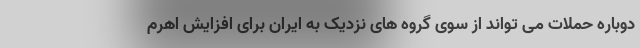
دوباره حملات می تواند از سوی گروه های نزدیک به ایران برای افزایش اهرم